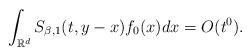
LaTeX: \begin{align*}\int_{\mathbb{R}^{d}}S_{\beta, 1}(t,y-x)f_{0}(x)dx = O(t^{0}).\end{align*}